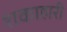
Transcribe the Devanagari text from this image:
शकाहारी